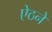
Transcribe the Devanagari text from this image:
ऐठने